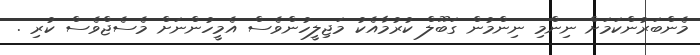
މެންބަރުންކަމަށް ނިންމި ނިންމުން ގަބޫލް ކުރުމާއެކު މަޖިލީހުންވެސް އެމީހުންނަށް މެސެޖްވެސް ކުރި .